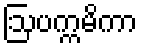
ဩပက္ကမိကာ